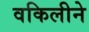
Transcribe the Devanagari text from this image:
वकिलीने